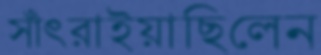
সাঁৎরাইয়াছিলেন